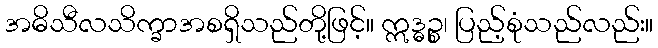
အဓိသီလသိက္ခာအစရှိသည်တို့ဖြင့်။ ဣဒ္ဓဉ္စ၊ ပြည့်စုံသည်လည်း။